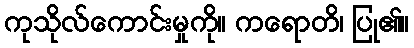
ကုသိုလ်ကောင်းမှုကို။ ကရောတိ၊ ပြု၏။